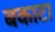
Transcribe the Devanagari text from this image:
बकाटा